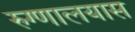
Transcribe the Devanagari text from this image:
रुग्णालयास